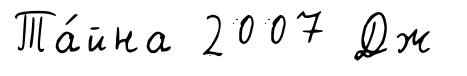
Та́йна 2007 Дж